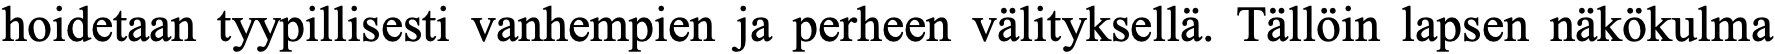
hoidetaan tyypillisesti vanhempien ja perheen välityksellä. Tällöin lapsen näkökulma